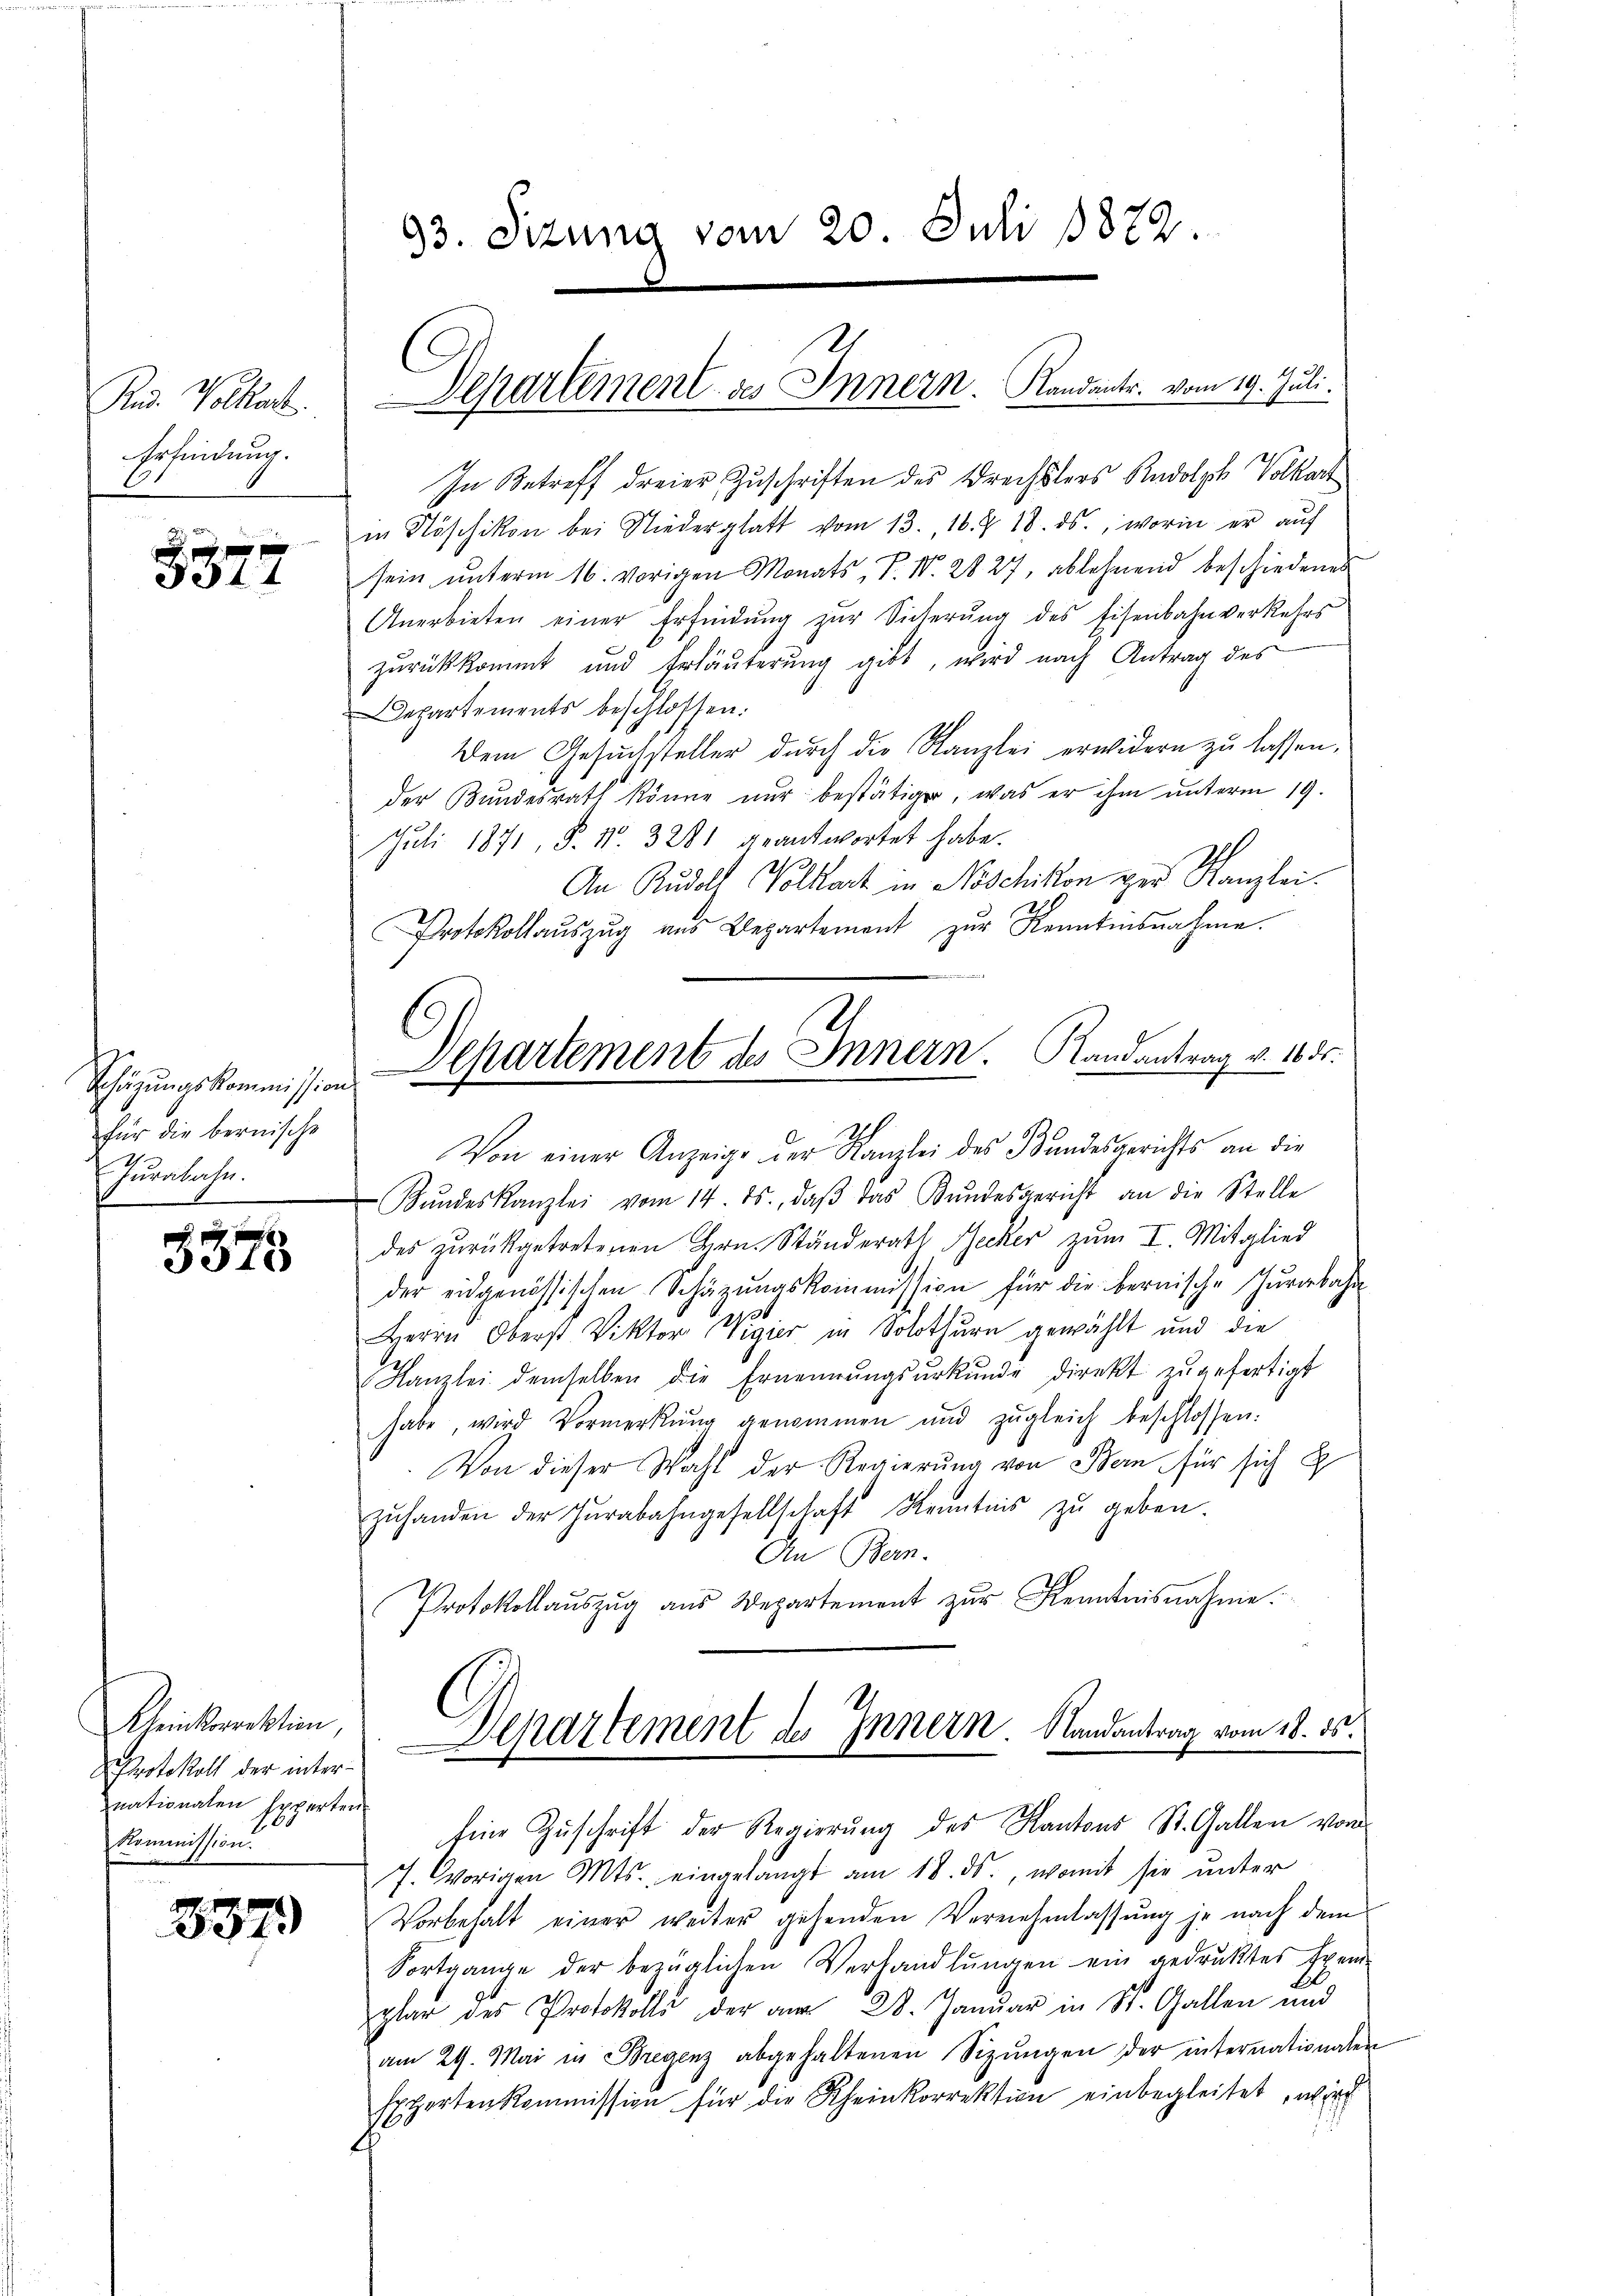
Rud. Volkart
Erfindung.

x x
834

Schätzungskommission
für die bernische
Jurabahn.

x
330

Kleinkorrektion,
Protokoll der inter-
nationalen Experten
Kommission.

337.

93. Sizung vom 20. Juli 1872.

In Betreff dreier Zuschriften des Drechslers Rudolph Volkart
in Nöschikon bei Niederglatt vom 13. 18. Z. 18. ds., worin er aŭf
sein ŭnterm 16. vorigen Monats, P. Nr. 2827. ablehnend beschiedenes
Anerbieten einer Erfindung zur Sicherung des Eisenbahnverkehrs
zurückkommt und Erläuterung gibt, wird nach Antrag des
Departements beschlossen.
Dem Gesŭchsteller dŭrch die Kanzlei erwidern zŭ lassen,
der Bundesrath könne nur bestätiger, was er ihm unterm 19.
Juli 1871, S. Nr. 3281 geantwortet habe.
An Rudolf Volkart in Noschikon der Kanzlei.
Protokollaŭszŭg ans Departement zŭr Kenntensnahme.
Von einer Anzeige der Kanzlei des Bundesgerichts an die
Bŭndeskanzlei vom 14. ds., daβ das Bŭndesgericht an die Stelle
des zurückgetretenen Hern. Ständerath Becker zum I. Mitglied
der eidgenössischen Schäzŭngskommission für die bernische Jurabahn
Herrn Oberst Vikter Vigier in Solothurn gewählt und die
Kanzlei demselben die Ernennŭngsŭrkŭnde direkt zŭgefertigt
habe, wird Vormerkŭng genommen und zŭgleich beschlossen:
Von dieser Wahl der Regierung von Bern für sich
zŭhanden der Zŭrabahngesellschaft Kenntnis zŭ geben.
An Bern.
Protokollaŭszŭg aŭs Departement zŭr Kenntnisnahme.
Departement des Innern. Randantrag vom 18. ds.
Eine Zuschrift der Regierung des Kantons St. Gallen vor
7. Vorigen Mts., eingelangt am 18. ds., womit sie ŭnter
Vorbehalt einer weiter gehenden Vernehmlassung je nach dem
Fortgange der bezüglichen Verhandlŭngen ein gedruktes Exem-
plar des Protokolls der am 28. Januar in St. Gallen und
am 29. Mai in Bregenz abgehaltenen Sizŭngen der internationalen
Exportenkommission für die Rheinkorrektion einbegleitet, wird

Separtement des Innern. Randants. vom 19. Juli.

Departement des Innern. Randantrag v. 10. ds.
.